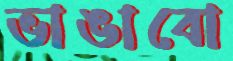
ভাঙাবো